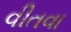
વીતવા